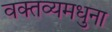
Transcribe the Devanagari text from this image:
वक्तव्यमधुना